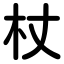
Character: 杖